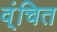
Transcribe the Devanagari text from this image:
व्ंचित